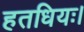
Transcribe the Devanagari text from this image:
हतधियः।